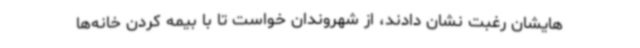
هایشان رغبت نشان دادند، از شهروندان خواست تا با بیمه کردن خانه‌ها